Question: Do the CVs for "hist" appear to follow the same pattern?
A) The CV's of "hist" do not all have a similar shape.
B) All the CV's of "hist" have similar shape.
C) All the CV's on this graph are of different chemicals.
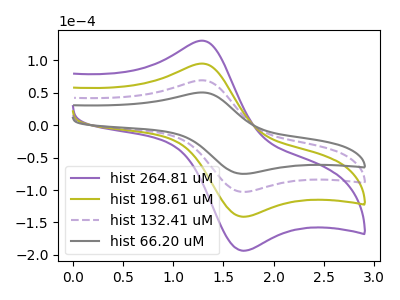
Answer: <think>The purple curve "hist 264.81 uM" has an anodic peak at (1.25V, 207.95uA) and a cathodic peak at (1.70V, -308.80uA). The olive curve "hist 198.61 uM" has an anodic peak at (1.25V, 138.65uA) and a cathodic peak at (1.70V, -205.85uA). The purple dashed curve "hist 132.41 uM" has an anodic peak at (1.25V, 69.30uA) and a cathodic peak at (1.70V, -102.95uA). The gray curve "hist 66.20 uM" has an anodic peak at (1.25V, 50.55uA) and a cathodic peak at (1.70V, -75.05uA).
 All the peaks in "hist 264.81 uM" have a peak in "hist 198.61 uM" at the same potential. Every peak in "hist 264.81 uM" is higher than every peak in "hist 198.61 uM". All the peaks in "hist 264.81 uM" have a peak in "hist 132.41 uM" at the same potential. Every peak in "hist 264.81 uM" is higher than every peak in "hist 132.41 uM". All the peaks in "hist 264.81 uM" have a peak in "hist 66.20 uM" at the same potential. Every peak in "hist 264.81 uM" is higher than every peak in "hist 66.20 uM". All the peaks in "hist 198.61 uM" have a peak in "hist 132.41 uM" at the same potential. Every peak in "hist 198.61 uM" is higher than every peak in "hist 132.41 uM". All the peaks in "hist 198.61 uM" have a peak in "hist 66.20 uM" at the same potential. Every peak in "hist 198.61 uM" is higher than every peak in "hist 66.20 uM". All the peaks in "hist 132.41 uM" have a peak in "hist 66.20 uM" at the same potential. Every peak in "hist 132.41 uM" is higher than every peak in "hist 66.20 uM".</think>
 <answer>B) All the CV's of "hist" have similar shape.</answer>
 <eval>B</eval>